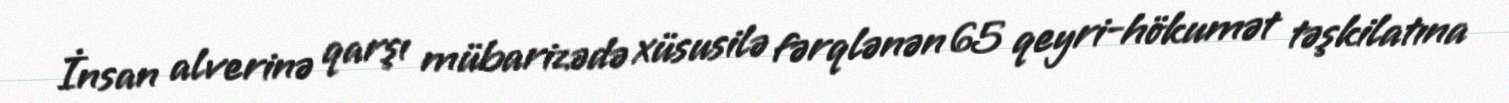
İnsan alverinə qarşı mübarizədə xüsusilə fərqlənən 65 qeyri-hökumət təşkilatına